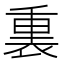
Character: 𫟚